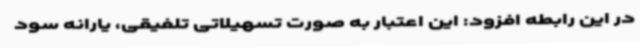
در این رابطه افزود: این اعتبار به صورت تسهیلاتی تلفیقی، یارانه سود